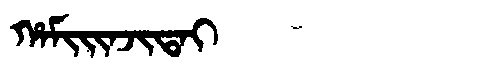
Manchu: ᡥᠠᠮᡳᡳᠨᠵᡳᡨᠠᡳ
Romanization: HAMIINJITAI